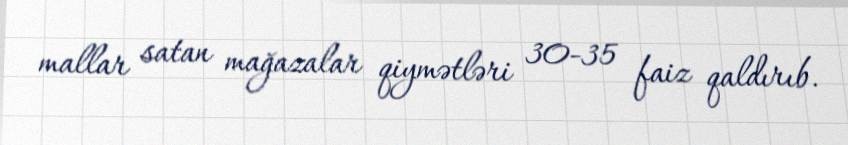
mallar satan mağazalar qiymətləri 30-35 faiz qaldırıb.